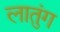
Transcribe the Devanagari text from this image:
लातुंग